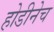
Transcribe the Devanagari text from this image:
होडीनेच